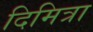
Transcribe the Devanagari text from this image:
दिमित्रा